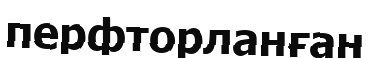
перфторланған